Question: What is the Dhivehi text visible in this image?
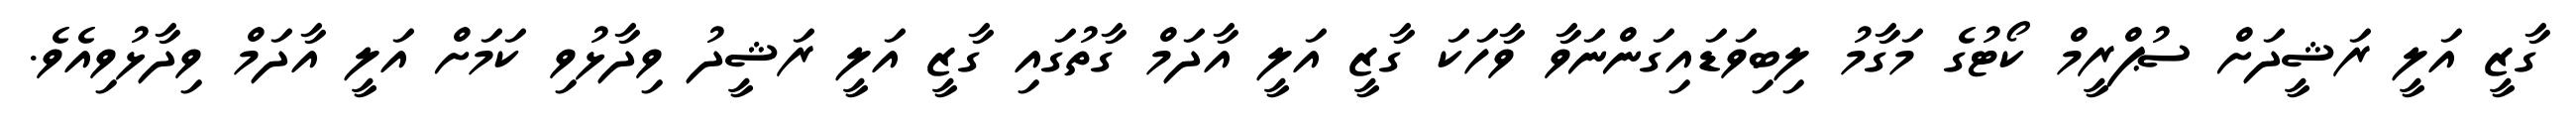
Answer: ގާޒީ އަލީ ރަޝީދަށް ސުޕްރީމް ކޯޓުގެ މަގާމު ލިބިވަޑައިގަންނަވާ ވާހަކަ ގާޒީ އަލީ އާދަމް ގާތުގައި ގާޒީ އަލީ ރަޝީދު ވިދާޅުވި ކަމަށް އަލީ އާދަމް ވިދާޅުވިއެވެ.